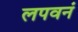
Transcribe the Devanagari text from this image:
लपवनं